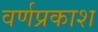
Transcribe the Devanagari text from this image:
वर्णप्रकाश